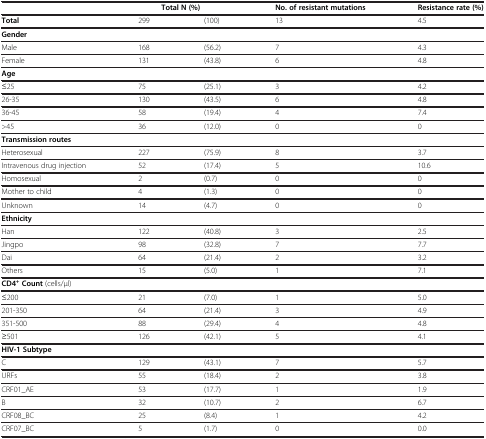
|  | <COLSPAN=2> Total N (%) | No. of resistant mutations | Resistance rate (%) |
 | --- | --- | --- | --- | --- |
 | Total | 299 | (100) | 13 | 4.5 |
 | Gender |  |  |  |  |
 | Male | 168 | (56.2) | 7 | 4.3 |
 | Female | 131 | (43.8) | 6 | 4.8 |
 | Age |  |  |  |  |
 | ≤25 | 75 | (25.1) | 3 | 4.2 |
 | 26-35 | 130 | (43.5) | 6 | 4.8 |
 | 36-45 | 58 | (19.4) | 4 | 7.4 |
 | >45 | 36 | (12.0) | 0 | 0 |
 | Transmission routes |  |  |  |  |
 | Heterosexual | 227 | (75.9) | 8 | 3.7 |
 | Intravenous drug injection | 52 | (17.4) | 5 | 10.6 |
 | Homosexual | 2 | (0.7) | 0 | 0 |
 | Mother to child | 4 | (1.3) | 0 | 0 |
 | Unknown | 14 | (4.7) | 0 | 0 |
 | Ethnicity |  |  |  |  |
 | Han | 122 | (40.8) | 3 | 2.5 |
 | Jingpo | 98 | (32.8) | 7 | 7.7 |
 | Dai | 64 | (21.4) | 2 | 3.2 |
 | Others | 15 | (5.0) | 1 | 7.1 |
 | CD4+Count (cells/μl) |  |  |  |  |
 | ≤200 | 21 | (7.0) | 1 | 5.0 |
 | 201-350 | 64 | (21.4) | 3 | 4.9 |
 | 351-500 | 88 | (29.4) | 4 | 4.8 |
 | ≥501 | 126 | (42.1) | 5 | 4.1 |
 | HIV-1 Subtype |  |  |  |  |
 | C | 129 | (43.1) | 7 | 5.7 |
 | URFs | 55 | (18.4) | 2 | 3.8 |
 | CRF01_AE | 53 | (17.7) | 1 | 1.9 |
 | B | 32 | (10.7) | 2 | 6.7 |
 | CRF08_BC | 25 | (8.4) | 1 | 4.2 |
 | CRF07_BC | 5 | (1.7) | 0 | 0.0 |